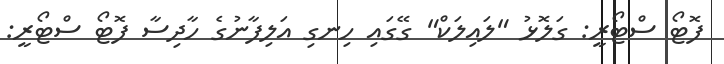
ފޮޓޯ ސްޓޯރީ: ގަލޮޅު "ލައިލަކް" ގޭގައި ހިނގި އަލިފާނުގެ ހާދިސާ ފޮޓޯ ސްޓޯރީ: